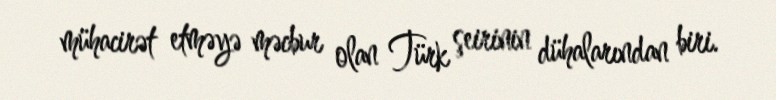
mühacirət etməyə məcbur olan Türk şeirinin dühalarından biri.